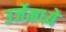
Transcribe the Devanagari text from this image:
उर्जेमध्ये